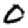
Digit: 0